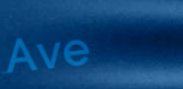
Ave